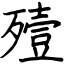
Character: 殪